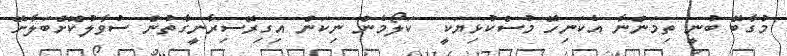
މުގާބޭ ބުނީ ތިމަންނާ އެކަނިހޭ މުސްކުޅިޔަކީ  ކަލޯމެން ނިކަން އިގިރޭސިރާނީގާތުން ސުވާލުކޮށްބަލާށޭ